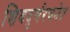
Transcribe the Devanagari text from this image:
शिवदुर्गरचनेत